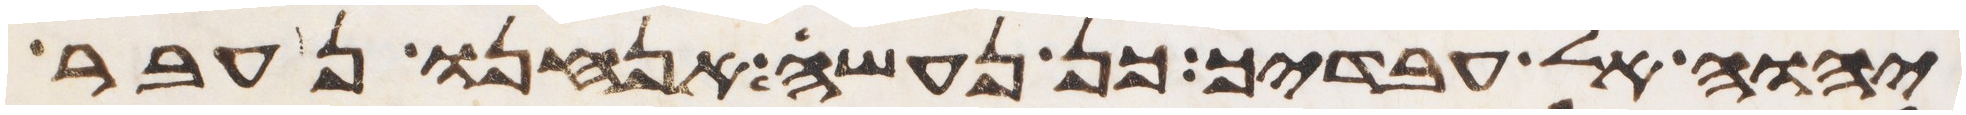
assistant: יהוה אל עבדיך כן נעשה אנחנו נעבר